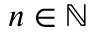
n \in \mathbb { N }